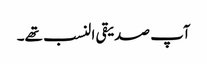
آپ صدیقی النسب تھے۔